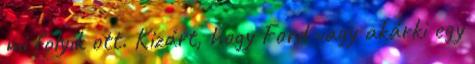
mi folyik ott. Kizárt, hogy Ford vagy akárki egy